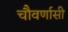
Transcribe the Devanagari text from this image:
चौवर्णासी